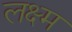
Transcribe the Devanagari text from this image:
लक्ष्म